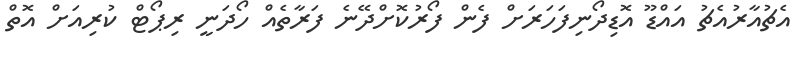
އެޗުއާރުއެޗު އައްޑޫ އޮޑިދޯނިފަހަރަށް ފެން ފޯރުކޮށްދޭނެ ފަރާތެއް ހޯދަނީ ރިޕޯޓް ކުރިއަށް އޮތް